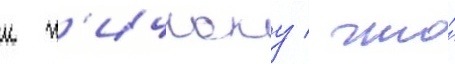
к х'ичкоку / что́